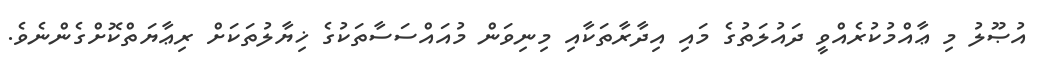
އުޞޫލު މި ޢާއްމުކުރެއްވީ ދައުލަތުގެ މައި އިދާރާތަކާއި މިނިވަން މުއައްސަސާތަކުގެ ޚިޔާލުތަކަށް ރިޢާޔަތްކޮށްގެންނެވެ.